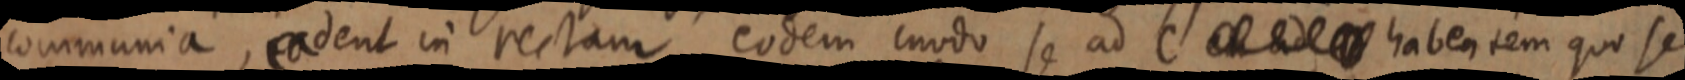
communia, eadent in rectam eodem modo se ad C _ habentem quo se